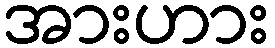
အားဟား